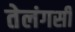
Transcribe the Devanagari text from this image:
तेलंगसी